Source: Handwritten
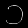
Digit: ၁ (1)